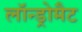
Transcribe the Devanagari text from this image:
लॉन्ड्रोमैट